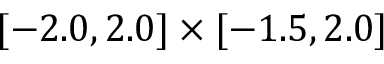
[ - 2 . 0 , 2 . 0 ] \times [ - 1 . 5 , 2 . 0 ]